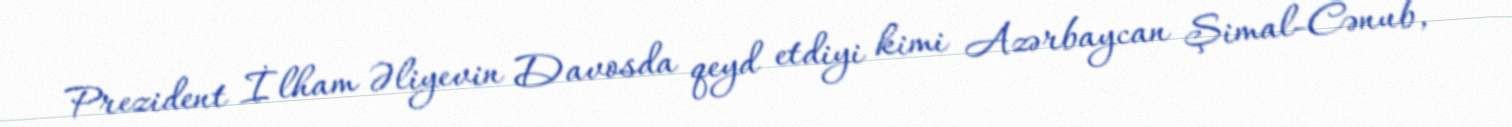
Prezident İlham Əliyevin Davosda qeyd etdiyi kimi Azərbaycan Şimal-Cənub,